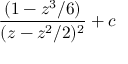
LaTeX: { \frac { ( 1 - z ^ { 3 } / 6 ) } { ( z - z ^ { 2 } / 2 ) ^ { 2 } } } + c